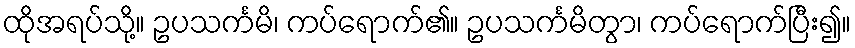
ထိုအရပ်သို့။ ဥပသင်္ကမိ၊ ကပ်ရောက်၏။ ဥပသင်္ကမိတွာ၊ ကပ်ရောက်ပြီး၍။